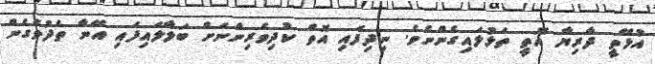
އުޅޭތީ ދާރިޔާ އޮތީ ތަޅުލައިގެންނެވެ. ނިދިފައި އޮތް ކުދިވެރިންނަށް ބަލާލައިފައި އޭނާ ތެދުވެގެން